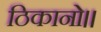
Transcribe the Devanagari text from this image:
ठिकानो।।